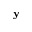
\mathbf { y }